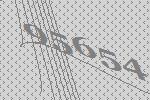
95654